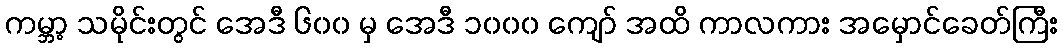
ကမ္ဘာ့ သမိုင်းတွင် အေဒီ ၆၀၀ မှ အေဒီ ၁၀၀၀ ကျော် အထိ ကာလကား အမှောင်ခေတ်ကြီး